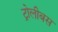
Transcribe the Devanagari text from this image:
ट्रोलीबस